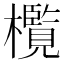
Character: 㰖